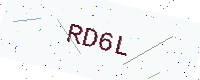
Text: RD6L